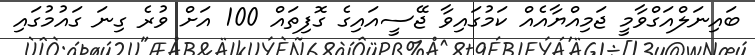
ބައިނަލްއަގްވާމީ ޖަމިއްޔާއެއް ކަމުގައިވާ ޖޭސީއައިގެ ގޮފިތައް 100 އަށް ވުރެ ގިނަ ގައުމުގައި